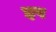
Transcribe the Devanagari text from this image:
इप